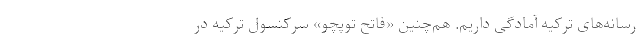
رسانه‌های ترکیه آمادگی داریم. هم‌چنین «فاتح توپچو» سرکنسول ترکیه در